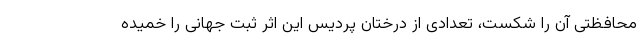
محافظتی آن را شکست، تعدادی از درختان پردیس این اثر ثبت جهانی را خمیده